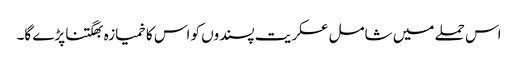
اس حملے میں شامل عسکریت پسندوں کو اس کا خمیازہ بھگتنا پڑے گا۔